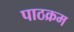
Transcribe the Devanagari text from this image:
पाठक्रम